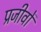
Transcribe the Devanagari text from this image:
प्रजीवों